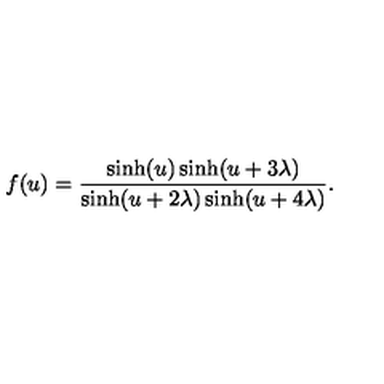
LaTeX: f ( u ) = \frac { \sinh ( u ) \sinh ( u + 3 \lambda ) } { \sinh ( u + 2 \lambda ) \sinh ( u + 4 \lambda ) } .